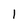
Character: l